Indian Civil Veterinary Department memoirs
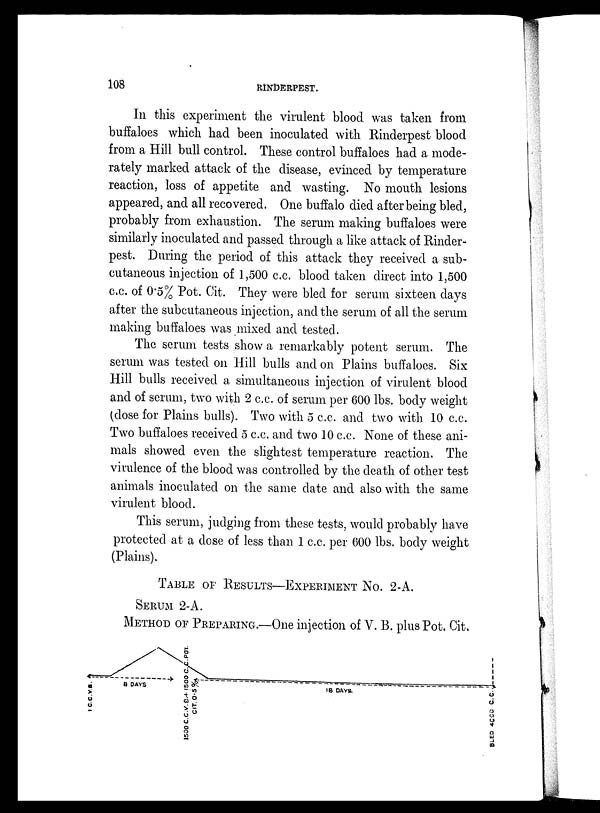
108
RINDERPEST.
In this experiment the virulent blood was taken from
buffaloes which had been inoculated with Rinderpest blood
from a Hill bull control. These control buffaloes had a mode-
rately marked attack of the disease, evinced by temperature
reaction, loss of appetite and wasting. No mouth lesions
appeared, and all recovered. One buffalo died after being bled,
probably from exhaustion. The serum making buffaloes were
similarly inoculated and passed through a like attack of Rinder-
pest. During the period of this attack they received a sub-
cutaneous injection of 1,500 c.c. blood taken direct into 1,500
c.c. of 0.5% Pot. Cit. They were bled for serum sixteen days
after the subcutaneous injection, and the serum of all the serum
making buffaloes was mixed and tested.
The serum tests show a remarkably potent serum. The
serum was tested on Hill bulls and on Plains buffaloes. Six
Hill bulls received a simultaneous injection of virulent blood
and of serum, two with 2 c.c. of serum per 600 lbs. body weight
(dose for Plains bulls). Two with 5 c.c. and two with 10 c.c.
Two buffaloes received 5 c.c. and two 10 c.c. None of these ani-
mals showed even the slightest temperature reaction. The
virulence of the blood was controlled by the death of other test
animals inoculated on the same date and also with the same
virulent blood.
This serum, judging from these tests, would probably have
protected at a dose of less than 1 c.c. per 600 lbs. body weight
(Plains).
TABLE OF RESULTS-EXPERIMENT No. 2-A.
SERUM 2-A.
METHOD OF PREPARING.—One injection of V. B. plus Pot. Cit.